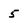
Character: 5